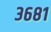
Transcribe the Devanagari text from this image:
३६८१